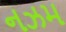
નઝમ